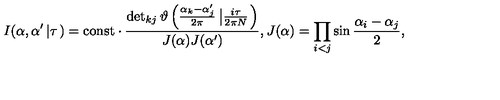
I ( \alpha , \alpha ^ { \prime } \left| \tau \right. ) = \mathrm { c o n s t } \cdot \frac { \det _ { k j } \vartheta \left( \frac { \alpha _ { k } - \alpha _ { j } ^ { \prime } } { 2 \pi } \left| \frac { i \tau } { 2 \pi N } \right. \right) } { J ( \alpha ) J ( \alpha ^ { \prime } ) } , J ( \alpha ) = \prod _ { i < j } \sin \frac { \alpha _ { i } - \alpha _ { j } } { 2 } ,